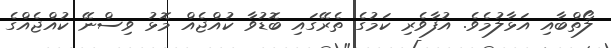
ލޯތްބާއި އަޅާލުމެވެ. އުފާވެރި ކަމުގެ ތެރޭގައި ބޮޑުވާ ކުއްޖެއް މޮޅު ވިސްނޭ ކުއްޖެއްގެ